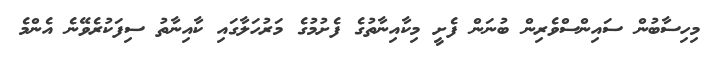
މިހިސާބުން ސައިންސްވެރިން ބުނަން ފެށީ މިކާއިނާތުގެ ފެށުމުގެ މަރުހަލާގައި ކާއިނާތު ސިފަކުރެވޭނެ އެންމެ